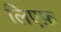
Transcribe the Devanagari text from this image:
लिएफ़